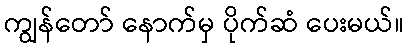
ကျွန်တော် နောက်မှ ပိုက်ဆံ ပေးမယ်။